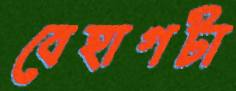
বেহাগটা